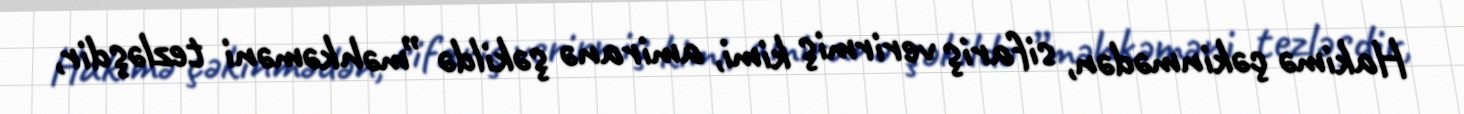
Hakimə çəkinmədən, sifariş verirmiş kimi, amiranə şəkildə ”məhkəməni tezləşdir,